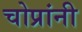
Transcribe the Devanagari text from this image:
चोप्रांनी